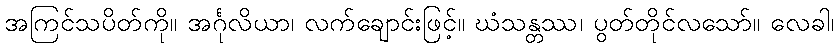
အကြင်သပိတ်ကို။ အင်္ဂုလိယာ၊ လက်ချောင်းဖြင့်။ ဃံသန္တဿ၊ ပွတ်တိုင်လသော်။ လေခါ၊